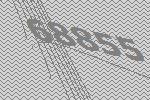
68855